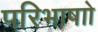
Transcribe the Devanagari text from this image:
परिभाषाो